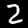
Label: 2